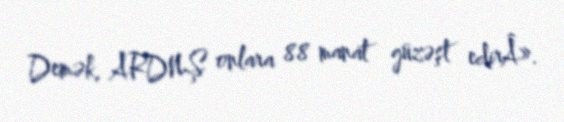
Demək, ARDNŞ onlara 88 manat güzəşt edirÂ».